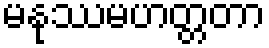
မနုဿမဟတ္တတာ